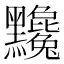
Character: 𪓄